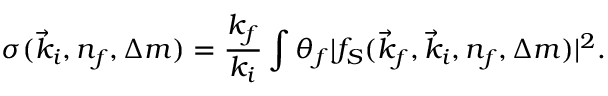
\sigma ( \vec { k } _ { i } , n _ { f } , \Delta m ) = \frac { k _ { f } } { k _ { i } } \int \d \theta _ { f } \vert f _ { S } ( \vec { k } _ { f } , \vec { k } _ { i } , n _ { f } , \Delta m ) \vert ^ { 2 } .